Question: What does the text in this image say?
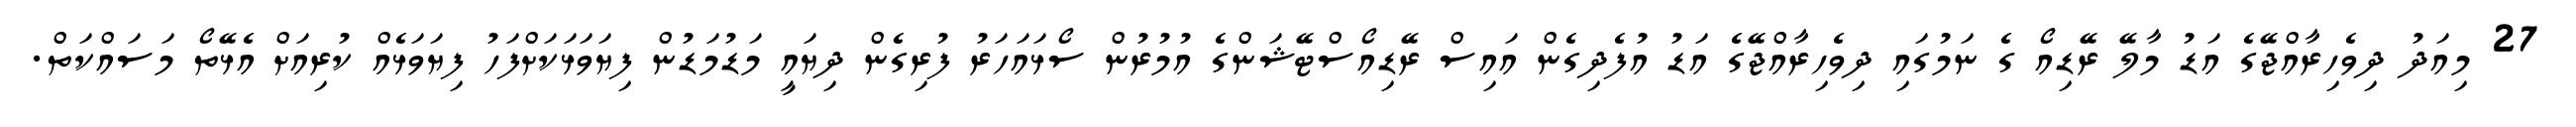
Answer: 27 މިއަދު ދިވެހިރާއްޖޭގެ އަޑު މާލޭ ރޭޑިއޯ ގެ ނަމުގައި ދިވެހިރާއްޖޭގެ އަޑު އުފެދިގެން އައިސް ރޭޑިއޯސްޓޭޝަންގެ އުމުރުން ސޯޅައަހަރު ފުރިގެން ދިޔައީ މަޑުމަޑުން ފިޔަވަޅަކަށްފަހު ފިޔަވަޅެއް ކުރިއަށް އެޅޭތޯ މަސައްކަތް.